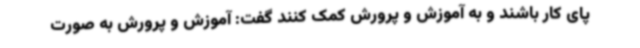
پای کار باشند و به آموزش و پرورش کمک کنند گفت: آموزش و پرورش به صورت